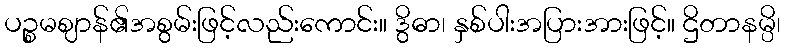
ပဉ္စမဈာန်၏အစွမ်းဖြင့်လည်းကောင်း။ ဒွိဓာ၊ နှစ်ပါးအပြားအားဖြင့်။ ဌိတာနမ္ပိ၊